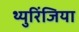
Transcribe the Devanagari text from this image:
थ्युरिंजिया